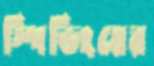
স্পিডিংয়ের